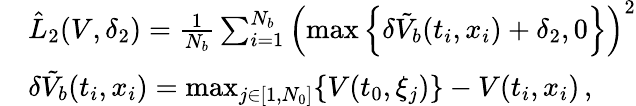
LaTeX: \begin{array}{rl}&{\hat{L}_{2}(V,\delta_{2})=\frac{1}{N_{b}}\sum_{i=1}^{N_{b}}\left(\operatorname*{max}\left\{ \delta\tilde{V}_{b}(t_{i},x_{i})+\delta_{2},0\right\} \right)^{2}}\\ &{\delta\tilde{V}_{b}(t_{i},x_{i})=\operatorname*{max}_{j\in[1,N_{0}]}\{ V(t_{0},\xi_{j})\} -V(t_{i},x_{i})\, ,}\end{array}